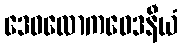
ဒေဝလောကဝေဒနီယံ